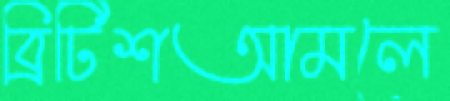
ব্রিটিশআমলে